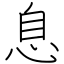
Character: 息